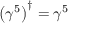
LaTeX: \left( \gamma ^ { 5 } \right) ^ { \dagger } = \gamma ^ { 5 }